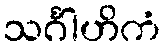
သင်္ဂါဟိကံ